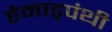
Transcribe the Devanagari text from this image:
हेमाड्पंथी